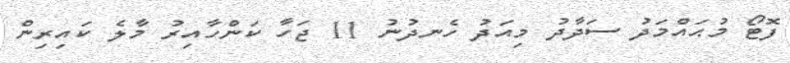
ފޮޓޯ މުޙައްމަދު ސަދާދު މިއަދު ހެނދުނު 11 ޖަހާ ކަންހާއިރު މާލެ ކައިރިން